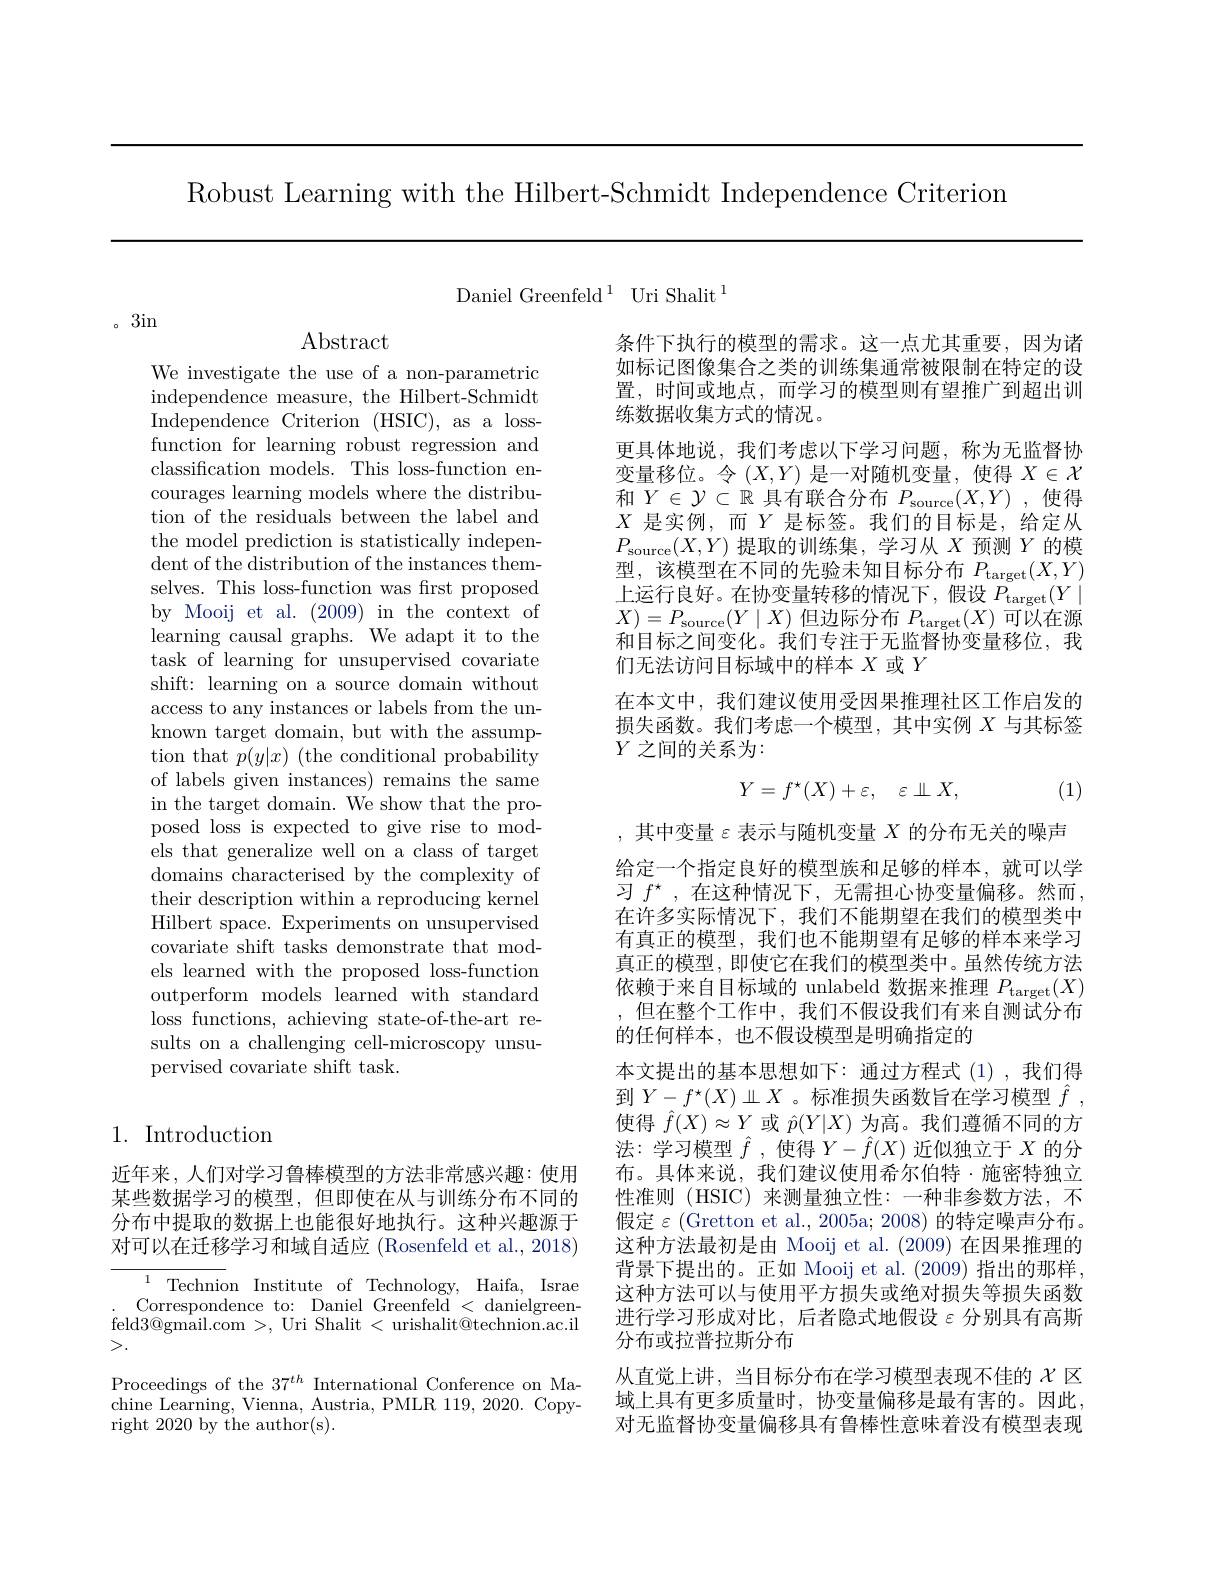
Robust Learning with the Hilbert-Schmidt Independence Criterion

${\mathrm{Daniel~Greenfeld}^{1}}{\mathrm{Uri~Shalit}^{1}}$

。3in

We investigate the use of a non-parametric independence measure, the Hilbert-Schmidt Independence Criterion (HSIC), as a lossfunction for learning robust regression and classification models. This loss-function encourages learning models where the distribution of the residuals between the label and the model prediction is statistically independent of the distribution of the instances themselves. This loss-function was first proposed by Mooij et al. (2009) in the context of learning causal graphs. We adapt it to the task of learning for unsupervised covariate shift: learning on a source domain without access to any instances or labels from the unknown target domain, but with the assumption that $p(y|x)$ (the conditional probability of labels given instances) remains the same in the target domain. We show that the proposed loss is expected to give rise to models that generalize well on a class of target domains characterised by the complexity of their description within a reproducing kernel Hilbert space. Experiments on unsupervised covariate shift tasks demonstrate that models learned with the proposed loss-function outperform models learned with standard loss functions, achieving state-of-the-art results on a challenging cell-microscopy unsupervised covariate shift task.

## 1. Introduction

近年来，人们对学习鲁棒模型的方法非常感兴趣：使用某些数据学习的模型，但即使在从与训练分布不同的分布中提取的数据上也能很好地执行。这种兴趣源于对可以在迁移学习和域自适应 (Rosenfeld et al., 2018)

${\overline{{^{1}}}}{\mathrm{~Technion~Institute~of~Technology,~Haifa,~Israe}}$ Correspondence to: Daniel Greenfeld < danielgreen-
feld3@ gmail. com > , Uri Shalit < urishalit@ technion. ac. il
>.
Proceedings of the $37^{th}$ International Conference on Machine Learning, Vienna, Austria, PMLR 119, 2020. Copyright 2020 by the author(s).

条件下执行的模型的需求。这一点尤其重要，因为诸如标记图像集合之类的训练集通常被限制在特定的设置，时间或地点，而学习的模型则有望推广到超出训练数据收集方式的情况。
更具体地说，我们考虑以下学习问题，称为无监督协变量移位。令$(X,Y)$是一对随机变量，使得$X\in\mathcal{X}$ 和$Y\in\mathcal{Y}\subset\mathbb{R}$具有联合分布$P_\mathrm{source}(X,Y)$ ,使得$X$是实例，而$Y$是标签。我们的目标是，给定从$P_{\mathrm{source}}(X,Y)$提取的训练集，学习从$X$预测$Y$的模型，该模型在不同的先验未知目标分布$P_{\mathrm{target}}(X,Y)$ 上运行良好。在协变量转移的情况下，假设$P_{\mathrm{target}}(Y\mid$ $X)=P_{\mathrm{source}}(Y\mid X)$但边际分布$P_\mathrm{target}(X)$可以在源和目标之间变化。我们专注于无监督协变量移位，我们无法访问目标域中的样本$X$或$Y$
在本文中，我们建议使用受因果推理社区工作启发的损失函数。我们考虑一个模型，其中实例$X$与其标签$Y$之间的关系为：
$$Y=f^\star(X)+\varepsilon,\quad\varepsilon\perp X,$$
(1)

,其中变量$\varepsilon$表示与随机变量$X$的分布无关的噪声给定一个指定良好的模型族和足够的样本，就可以学习$f^\star$,在这种情况下，无需担心协变量偏移。然而， 在许多实际情况下，我们不能期望在我们的模型类中有真正的模型，我们也不能期望有足够的样本来学习真正的模型，即使它在我们的模型类中。虽然传统方法依赖于来自目标域的 unlabeld 数据来推理$P_{\mathrm{target}}(X)$ ,但在整个工作中，我们不假设我们有来自测试分布的任何样本，也不假设模型是明确指定的
本文提出的基本思想如下：通过方程式(1),我们得到$Y-f^\star(X)\amalg X$ 。标准损失函数旨在学习模型$\hat{f}$ , 使得$\hat{f}(X)\approx Y$或$\hat{p}(Y|X)$为高。我们遵循不同的方法：学习模型$\hat{f}$ ,使得$Y-\hat{f}(X)$近似独立于$X$的分布。具体来说，我们建议使用希尔伯特·施密特独立性准则 (HSIC) 来测量独立性：一种非参数方法，不假定$\varepsilon$(Gretton et al., 2005a; 2008) 的特定噪声分布。这种方法最初是由 Mooij et al.(2009) 在因果推理的背景下提出的。正如 Mooij et al. (2009)指出的那样， 这种方法可以与使用平方损失或绝对损失等损失函数进行学习形成对比，后者隐式地假设$\varepsilon$分别具有高斯分布或拉普拉斯分布
从直觉上讲，当目标分布在学习模型表现不佳的$\chi$区域上具有更多质量时，协变量偏移是最有害的。因此， 对无监督协变量偏移具有鲁棒性意味着没有模型表现